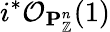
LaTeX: i^{*}{\mathcal{O}}_{\mathbf{P}_{\mathbb{Z}}^{n}}(1)